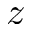
z